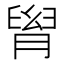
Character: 𦞩